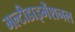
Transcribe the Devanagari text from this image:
मल्टीडाइमेंशनल